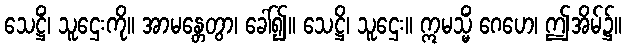
သေဋ္ဌိံ၊ သူဌေးကို။ အာမန္တေတွာ၊ ခေါ်၍။ သေဋ္ဌိ၊ သူဌေး။ ဣမသ္မိံ ဂေဟေ၊ ဤအိမ်၌။